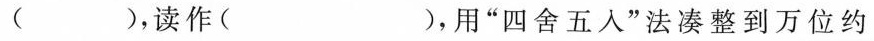
( )，读作( )，用”四舍五入”法凑整到万位约